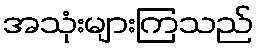
အသုံးများကြသည်